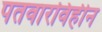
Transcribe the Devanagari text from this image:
पतवारविहीन